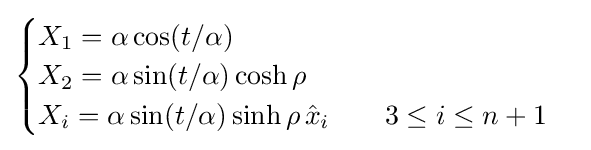
{\begin{cases}X_{1}=\alpha \cos(t/\alpha )\\X_{2}=\alpha \sin(t/\alpha )\cosh \rho \\X_{i}=\alpha \sin(t/\alpha )\sinh \rho \,{\hat {x}}_{i}\qquad 3\leq i\leq n+1\end{cases}}